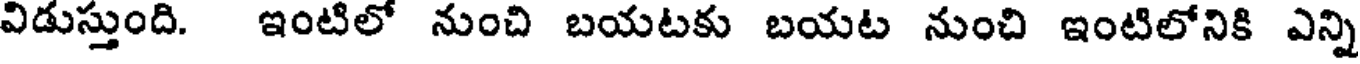
విడుస్తుంది. ఇంటిలో నుంచి బయటకు బయట నుంచి ఇంటిలోనికి ఎన్ని